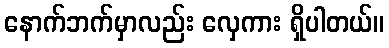
နောက်ဘက်မှာလည်း လှေကား ရှိပါတယ်။